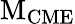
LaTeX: \mathrm{M_{CME}}